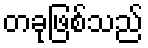
တခုဖြစ်သည်